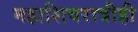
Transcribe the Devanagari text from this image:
महाशिवरात्रीही